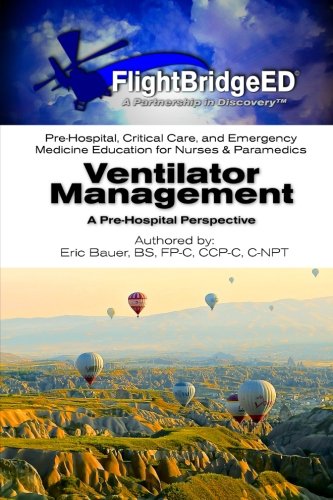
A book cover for Ventilator Management: A Pre-Hospital Perspective; Eric R Bauer; Medical Books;